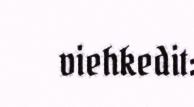
viehkedit: